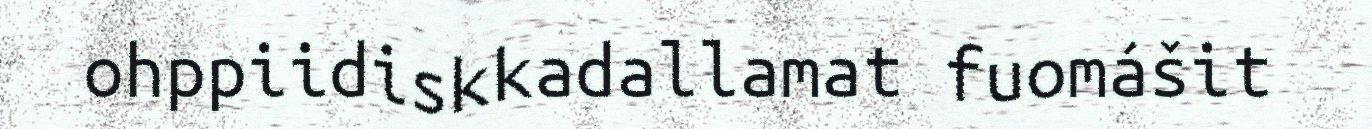
ohppiidiskkadallamat fuomášit